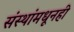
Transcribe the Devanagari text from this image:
संस्थांमधूनही